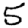
Digit: 5